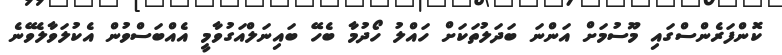
ކޮންފަރެންސްގައި މޫސުމަށް އަންނަ ބަދަލުތަކަށް ހައްލު ހޯދުމާ ބެހޭ ބައިނަލްއަގުވާމީ އެއްބަސްވުން އެކުލަވާލެވޭނެ